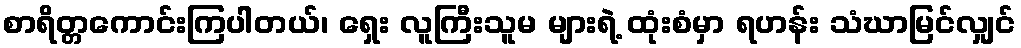
စာရိတ္တကောင်းကြပါတယ်၊ ရှေး လူကြီးသူမ များရဲ့ ထုံးစံမှာ ရဟန်း သံဃာမြင်လျှင်